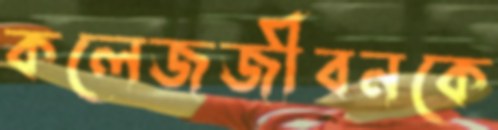
কলেজজীবনকে